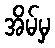
အိမ်မှ